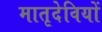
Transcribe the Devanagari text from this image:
मातृदेवियों